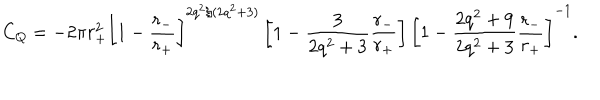
LaTeX: C _ { Q } = - 2 \pi r _ { + } ^ { 2 } \left[ 1 - \frac { r _ { - } } { r _ { + } } \right] ^ { 2 q ^ { 2 } / ( 2 q ^ { 2 } + 3 ) } \left[ 1 - \frac { 3 } { 2 q ^ { 2 } + 3 } \frac { r _ { - } } { r _ { + } } \right] \left[ 1 - \frac { 2 q ^ { 2 } + 9 } { 2 q ^ { 2 } + 3 } \frac { r _ { - } } { r _ { + } } \right] ^ { - 1 } .